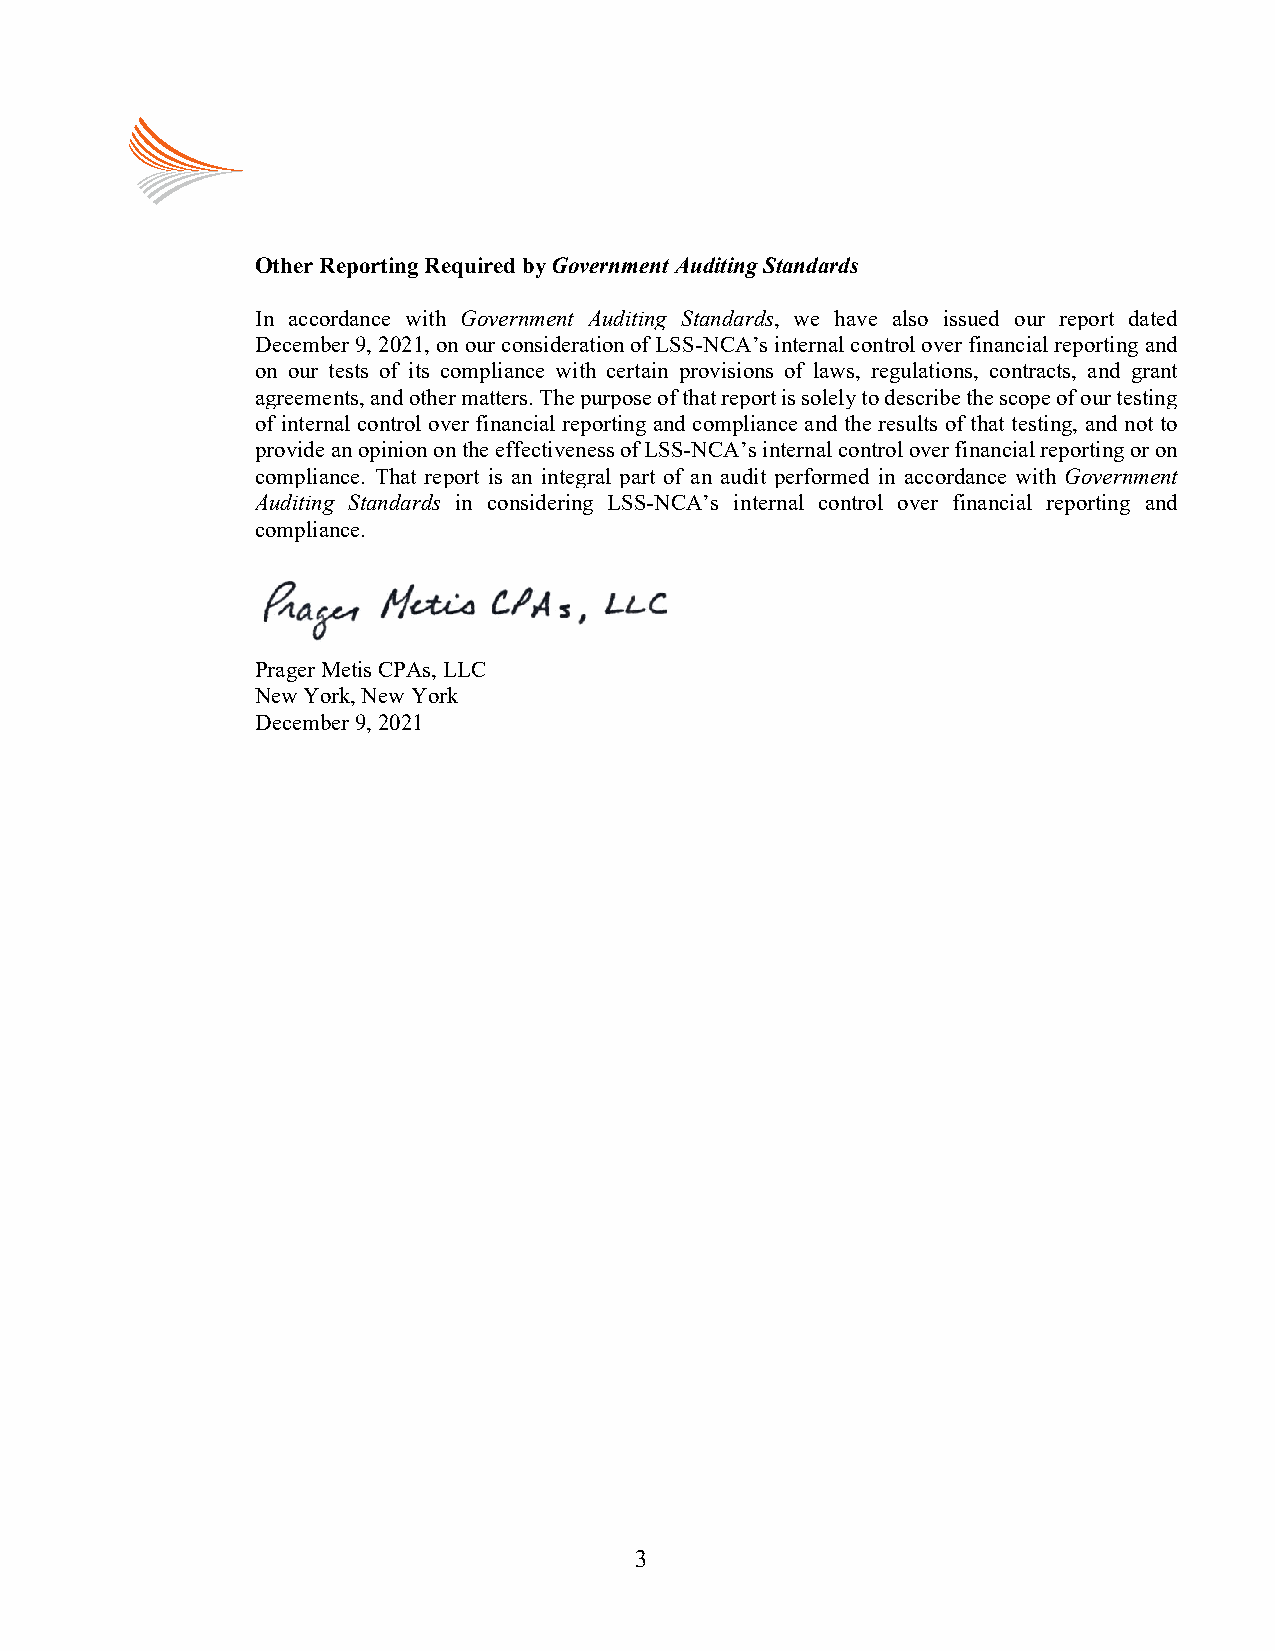
Other Reporting Required by Government Auditing Standards
 In accordance with Government Auditing Standards, we have also issued our report dated
 December 9, 2021, on our consideration of LSS-NCA’s internal control over financial reporting and
 on our tests of its compliance with certain provisions of laws, regulations, contracts, and grant
 agreements, and other matters. The purpose of that report is solely to describe the scope of our testing
 of internal control over financial reporting and compliance and the results of that testing, and not to
 provide an opinion on the effectiveness of LSS-NCA’s internal control over financial reporting or on
 compliance. That report is an integral part of an audit performed in accordance with Government
 Auditing Standards in considering LSS-NCA’s internal control over financial reporting and
 compliance.
 Prager Metis CPAs, LLC
 New York, New York
 December 9, 2021
 3